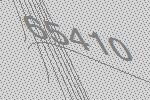
65410